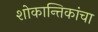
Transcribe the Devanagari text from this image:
शोकान्तिकांचा